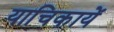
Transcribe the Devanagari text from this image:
याचिकायें